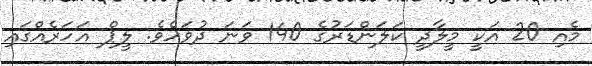
މެއި 20 އަކީ މީލާދީ ކަލަންޑަރުގެ 140 ވަނަ ދުވަހެވެ. ލީޕް އަހަރެއްގައި